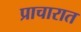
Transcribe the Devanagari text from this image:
प्राचारात